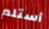
أستلم